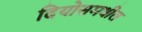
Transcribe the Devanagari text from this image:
दियोसमधील